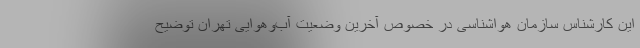
این کارشناس سازمان هواشناسی در خصوص آخرین وضعیت آب‌وهوایی تهران توضیح